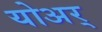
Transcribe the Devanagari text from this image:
योअर्